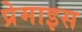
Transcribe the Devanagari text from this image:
प्रेमाइस